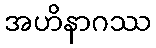
အဟိနာဂဿ